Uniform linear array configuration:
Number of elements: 32
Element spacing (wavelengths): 0.5
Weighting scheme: cosine
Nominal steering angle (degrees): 15
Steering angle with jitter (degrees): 14.977
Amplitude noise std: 0.05
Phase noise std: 0.05

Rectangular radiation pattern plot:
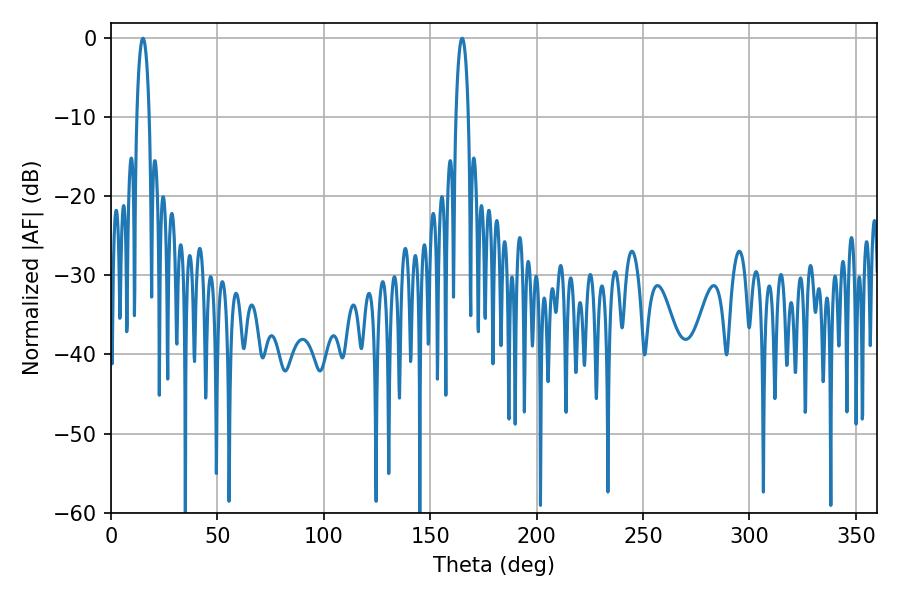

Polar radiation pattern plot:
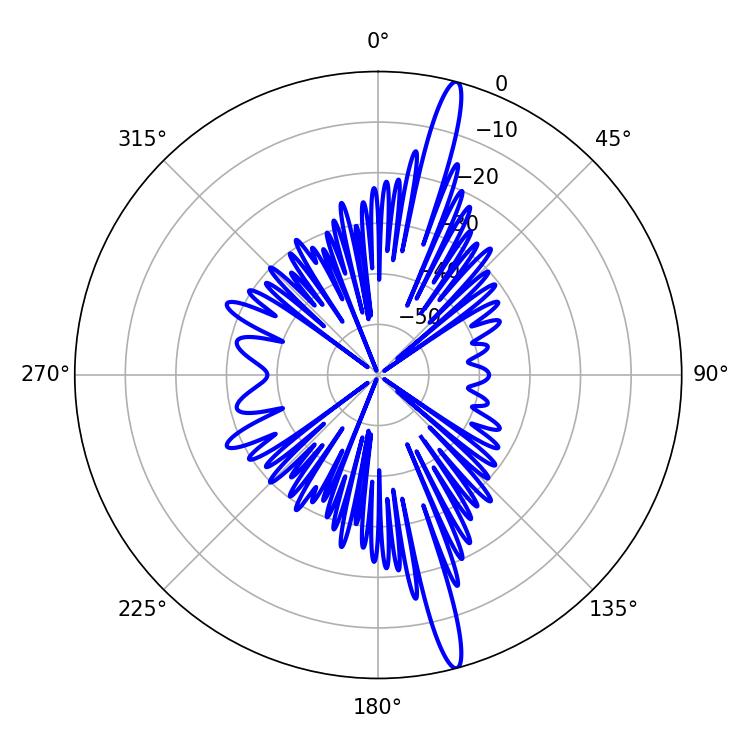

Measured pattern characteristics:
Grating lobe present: FALSE
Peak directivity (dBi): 17.82
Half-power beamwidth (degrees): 3.42
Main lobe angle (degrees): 14.94